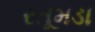
રતૂમડા